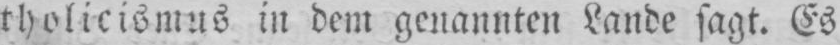
tholicismus in dem genannten Lande sagt. Es